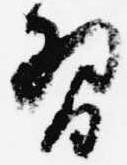
習